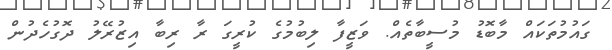
ގައުމުތަކައް މާބޮޑު މުސީބާތެއް. ވަޒީފާ ލިބުމުގެ ކުރީގަ ރާ ރިބާ އިޒުރޭލު ދޮގުހެދުން